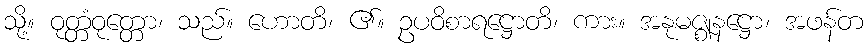
သို့။ ဝုတ္တံဝုတ္တော၊ သည်။ ဟောတိ၊ ၏။ ဥပဝိစာရဋ္ဌောတိ၊ ကား။ အနုမဇ္ဈနဋ္ဌော၊ အဖန်တ